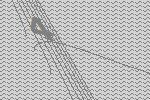
4